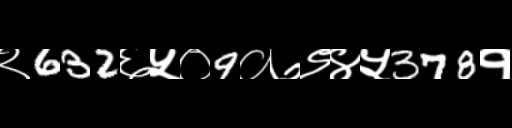
Text: २632६५०9०७९४५378१